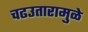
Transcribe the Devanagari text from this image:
चढउतारामुळे